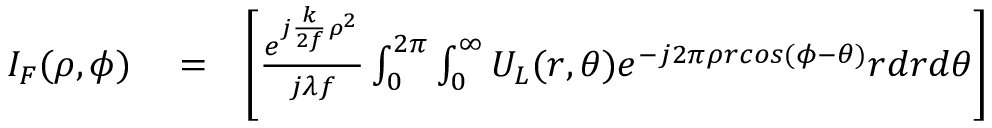
\begin{array} { r l r } { I _ { F } ( \rho , \phi ) } & { { } = } & { \left[ \frac { e ^ { j \frac { k } { 2 f } \rho ^ { 2 } } } { j \lambda f } \int _ { 0 } ^ { 2 \pi } \int _ { 0 } ^ { \infty } U _ { L } ( r , \theta ) e ^ { - j 2 \pi \rho r c o s ( \phi - \theta ) } r d r d \theta \right] } \end{array}